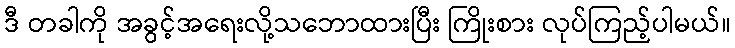
ဒီ တခါကို အခွင့်အရေးလို့သဘောထားပြီး ကြိုးစား လုပ်ကြည့်ပါမယ်။